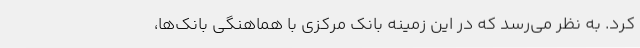
کرد. به نظر می‌رسد که در این زمینه بانک‌ مرکزی با هماهنگی بانک‌ها،